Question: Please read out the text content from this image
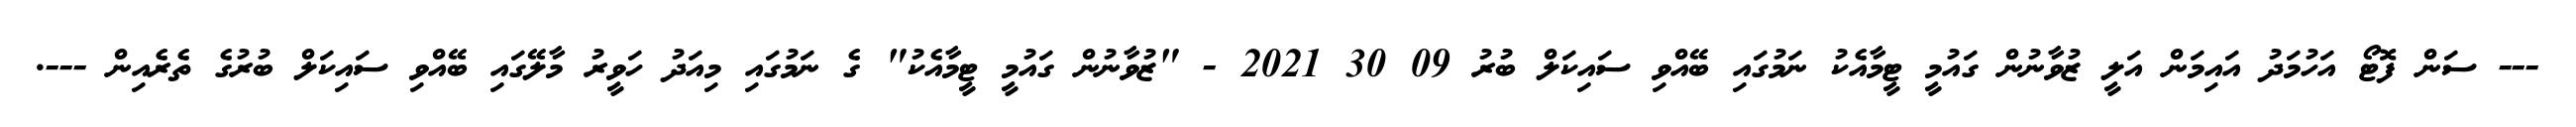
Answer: --- ސަން ފޮޓޯ އަހުމަދު އައިމަން އަލީ ޒުވާނުން ގައުމީ ޓީމާއެކު ނަމުގައި ބޭއްވި ސައިކަލް ބުރު 09 30 2021 - "ޒުވާނުން ގައުމީ ޓީމާއެކު" ގެ ނަމުގައި މިއަދު ހަވީރު މާލޭގައި ބޭއްވި ސައިކަލް ބުރުގެ ތެރެއިން ---.